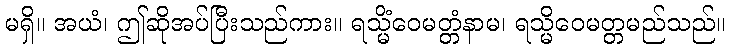
မရှိ။ အယံ၊ ဤဆိုအပ်ပြီးသည်ကား။ ရသ္မိံဝေမတ္တံနာမ၊ ရသ္မိဝေမတ္တမည်သည်။